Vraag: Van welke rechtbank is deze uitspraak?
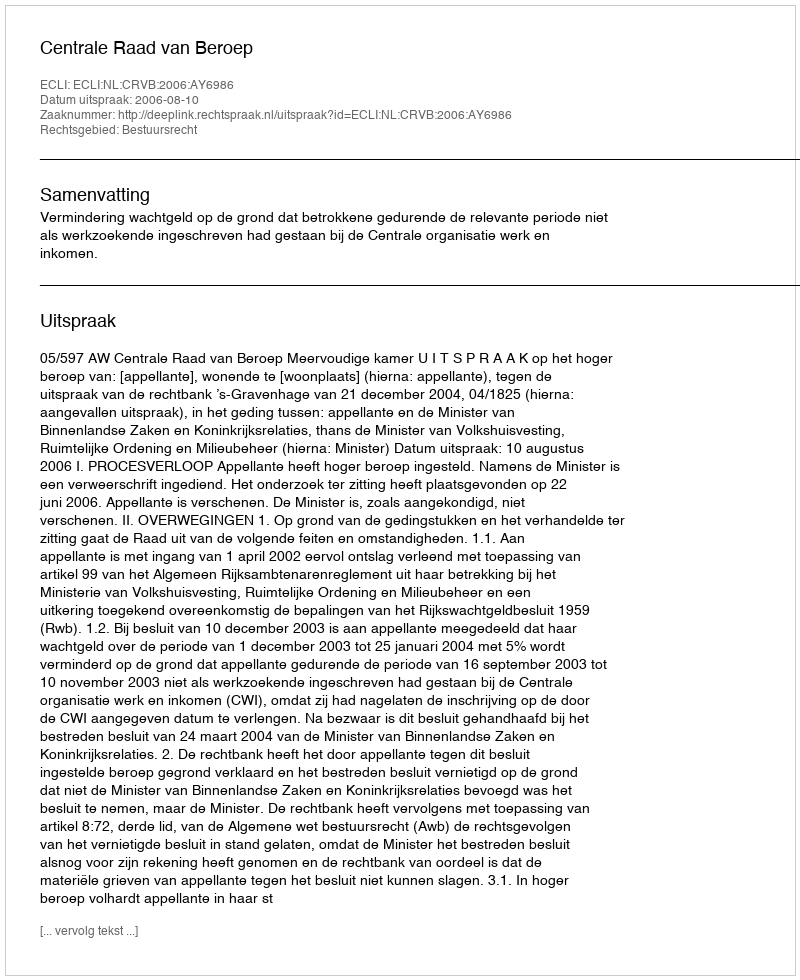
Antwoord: Centrale Raad van Beroep